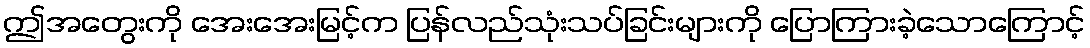
ဤအတွေးကို အေးအေးမြင့်က ပြန်လည်သုံးသပ်ခြင်းများကို ပြောကြားခဲ့သောကြောင့်